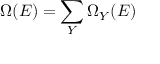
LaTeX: \Omega ( E ) = \sum _ { Y } \Omega _ { Y } ( E )